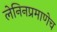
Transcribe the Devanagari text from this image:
लेनिनप्रमाणेच